Indian Civil Veterinary Department memoirs
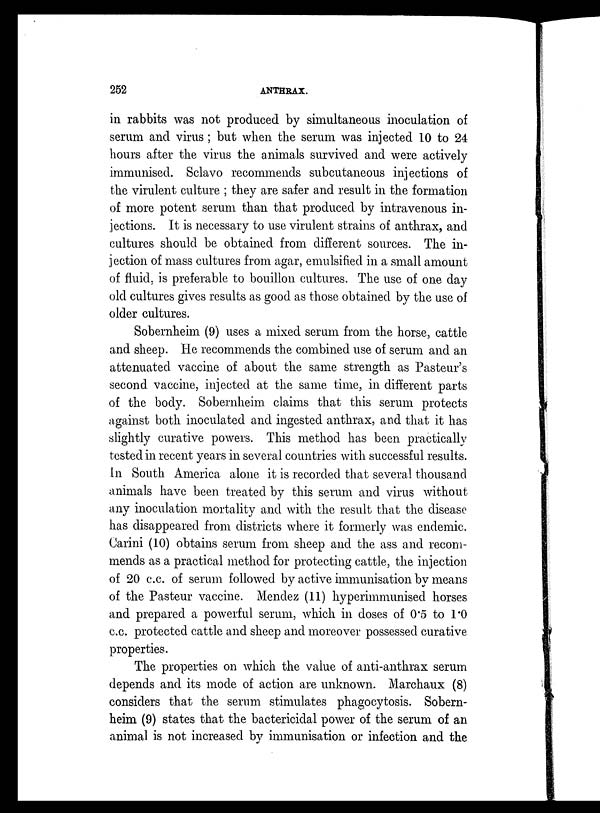
252
ANTHRAX.
in rabbits was not produced by simultaneous inoculation of
serum and virus ; but when the serum was injected 10 to 24
hours after the virus the animals survived and were actively
immunised. Sclavo recommends subcutaneous injections of
the virulent culture ; they are safer and result in the formation
of more potent serum than that produced by intravenous in-
jections. It is necessary to use virulent strains of anthrax, and
cultures should be obtained from different sources. The in-
jection of mass cultures from agar, emulsified in a small amount
of fluid, is preferable to bouillon cultures. The use of one day
old cultures gives results as good as those obtained by the use of
older cultures.
Sobernheim (9) uses a mixed serum from the horse, cattle
and sheep. He recommends the combined use of serum and an
attenuated vaccine of about the same strength as Pasteur's
second vaccine, injected at the same time, in different parts
of the body. Sobernheim claims that this serum protects
against both inoculated and ingested anthrax, and that it has
slightly curative powers. This method has been practically
tested in recent years in several countries with successful results.
In South America alone it is recorded that several thousand
animals have been treated by this serum and virus without
any inoculation mortality and with the result that the disease
has disappeared from districts where it formerly was endemic.
Carini (10) obtains serum from sheep and the ass and recom-
mends as a practical method for protecting cattle, the injection
of 20 c.c. of serum followed by active immunisation by means
of the Pasteur vaccine. Mendez (11) hyperimmunised horses
and prepared a powerful serum, which in doses of 0.5 to 1.0
c.c. protected cattle and sheep and moreover possessed curative
properties.
The properties on which the value of anti-anthrax serum
depends and its mode of action are unknown. Marchaux (8)
considers that the serum stimulates phagocytosis. Sobern-
heim (9) states that the bactericidal power of the serum of an
animal is not increased by immunisation or infection and the